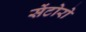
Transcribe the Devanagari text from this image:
सेंटोरो